Civil Veterinary Department. Madras. Admin. report 1910-25 - 1910-1925
Year: 1910
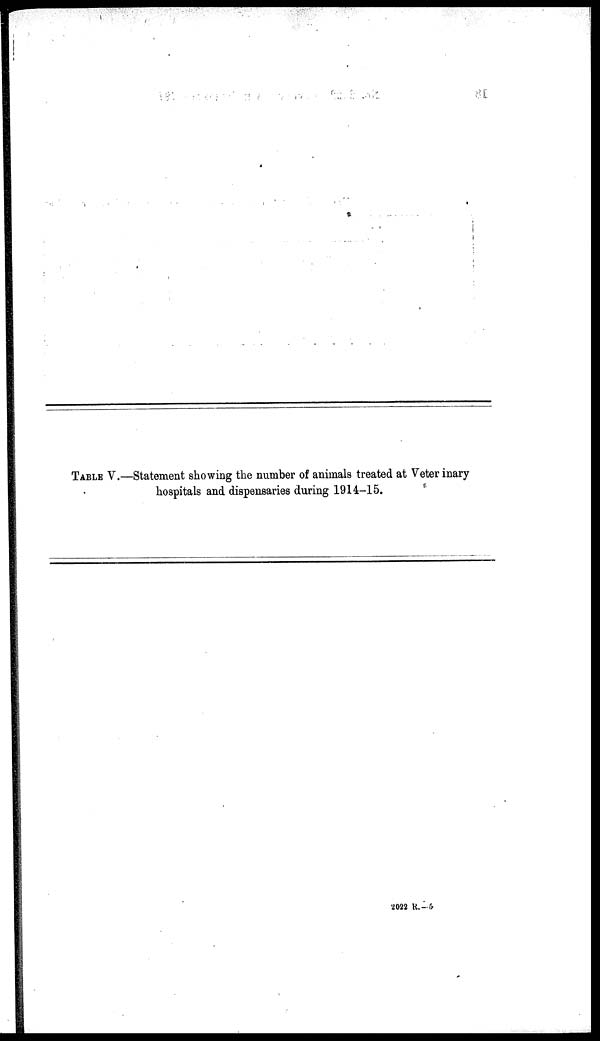
TABLE V.—Statement showing the number of animals treated at Veterinary
hospitals and dispensaries during 1914-15.
2022 R.––5